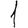
Digit: 1